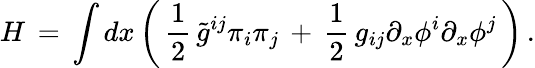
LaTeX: H\, =\, \int dx\left(\, {\frac{1}{2}}\, \tilde{g}^{ij}\pi_{i}\pi_{j}\, +\, {\frac{1}{2}}\, g_{ij}\partial_{x}\phi^{i}\partial_{x}\phi^{j}\, \right)\, .